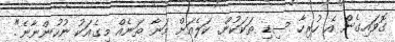
ގޮވައިގެން އެ ހުރިހާ ސިޑި ތަކަކުން. ކަލެއަށް މަނާ ތަނެއް މިގެއަކު ނުހުންނާނެ".